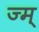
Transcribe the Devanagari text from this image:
ज्म्